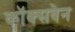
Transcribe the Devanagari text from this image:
कॉक्सवेन